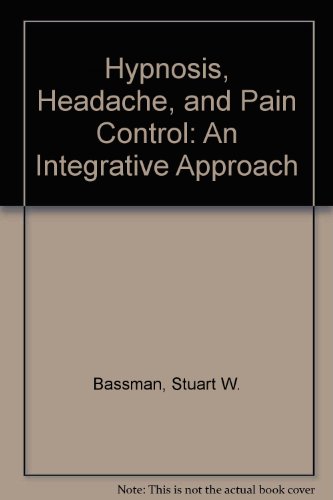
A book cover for Hypnosis, Headache, and Pain Control: An Integrative Approach; Stuart W. Bassman; Health, Fitness & Dieting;